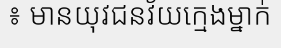
៖ មានយុវជនវ័យក្មេងម្នាក់